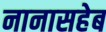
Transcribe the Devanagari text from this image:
नानासहेब